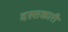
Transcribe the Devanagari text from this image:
दस्‍तकारी